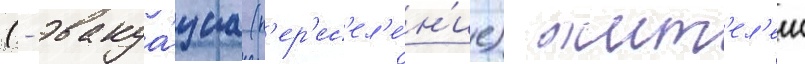
(- эвакуа́циа (п'ер'ес'ел'е́н'ие) жит'ел'еи